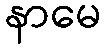
နာမေ